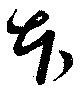
本